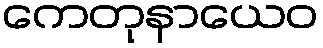
ကေတုနာယေဝ